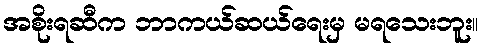
အစိုးရဆီက ဘာကယ်ဆယ်ရေးမှ မရသေးဘူး။